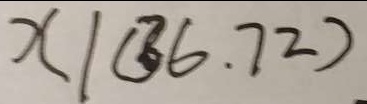
x \vert ( 3 6 . 7 2 ) .